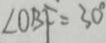
\angle O B F = 3 0 ^ { \circ }